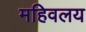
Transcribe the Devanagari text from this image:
महिवलय